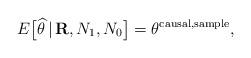
LaTeX: \begin{align*} E\big[\widehat{\theta}\,|\,{\mathbf{R}},N_1,N_0\big]=\theta^{\mathrm{causal},\mathrm{sample}},\end{align*}